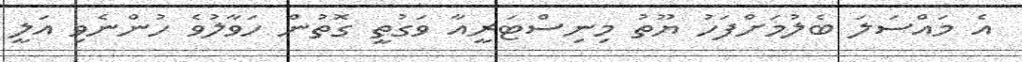
އެ މައްސަލަ ބެލުމަށްފަހު ޔޫތު މިނިސްޓަރީއާ ވަގުތީ ގޮތުން ހަވާލުވެ ހުންނެވި އަލީ